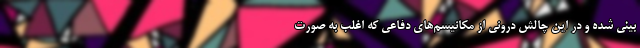
بینی شده و در این چالش درونی از مکانیسم‌های دفاعی که اغلب به صورت